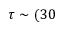
\tau \sim ( 3 0